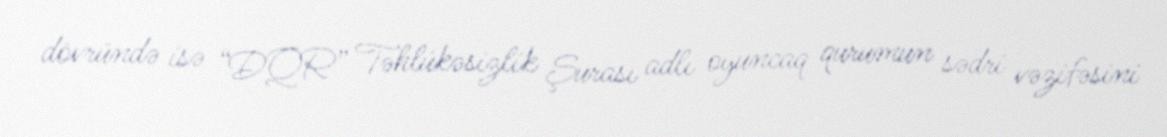
dövründə isə “DQR” Təhlükəsizlik Şurası adlı oyuncaq qurumun sədri vəzifəsini